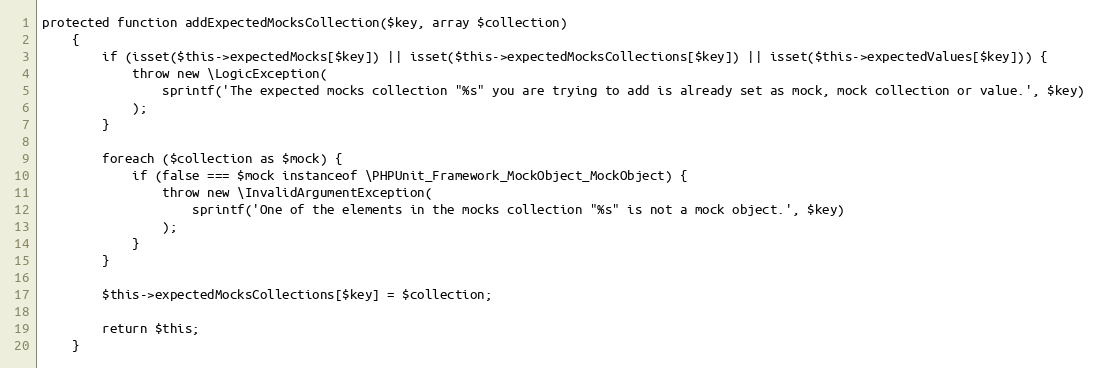
Language: PHP
protected function addExpectedMocksCollection($key, array $collection)
    {
        if (isset($this->expectedMocks[$key]) || isset($this->expectedMocksCollections[$key]) || isset($this->expectedValues[$key])) {
            throw new \LogicException(
                sprintf('The expected mocks collection "%s" you are trying to add is already set as mock, mock collection or value.', $key)
            );
        }

        foreach ($collection as $mock) {
            if (false === $mock instanceof \PHPUnit_Framework_MockObject_MockObject) {
                throw new \InvalidArgumentException(
                    sprintf('One of the elements in the mocks collection "%s" is not a mock object.', $key)
                );
            }
        }

        $this->expectedMocksCollections[$key] = $collection;

        return $this;
    }